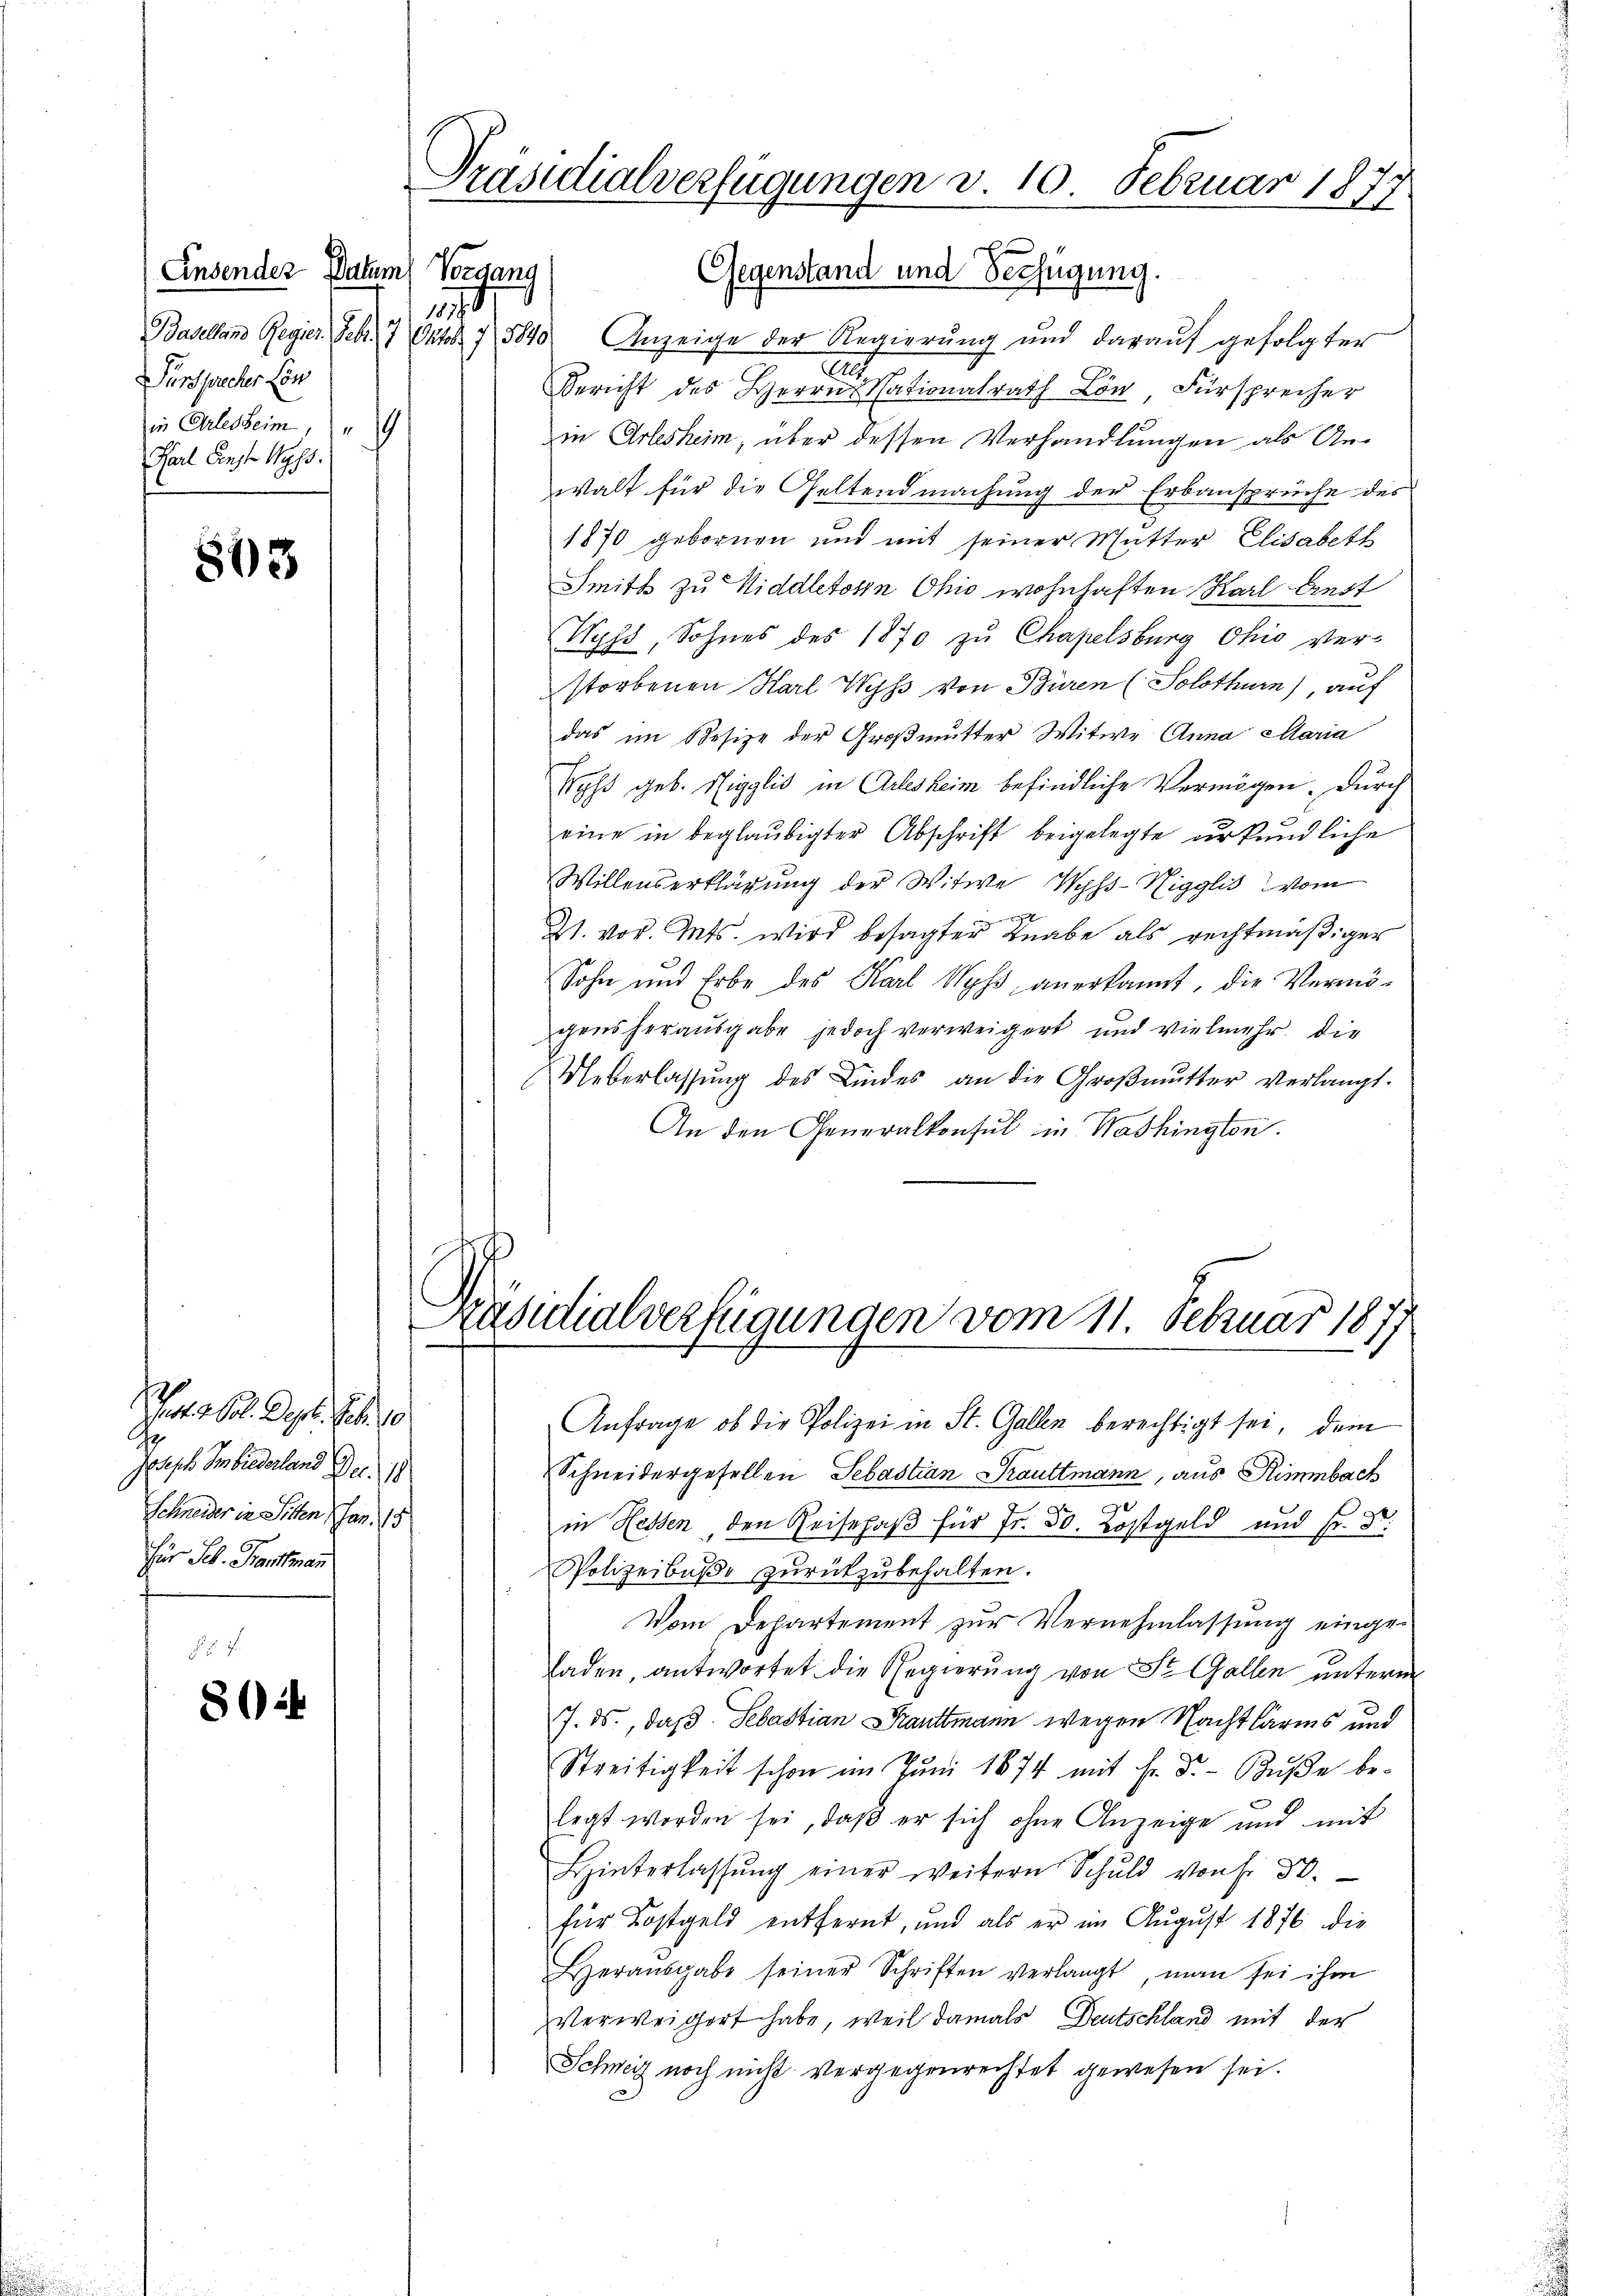
Ensendes Datum Vorgang
Basellans Gegner. Febr. 7 und 7, 3840
Fürsprecher Lon
in Arlesheim,
Karl Fenst Wyss.

803

8624

arts b. Dez. S. 10
Joseph Serbiederland Dec. 18
Schneider in Sitten Jan. 15
Für Seb. Franttmann

Gegenstand und Verfügung.
Anzeige der Regierung und darauf gefolgter
E
Bericht des Herrn Nationalrath Lön Fürsprecher
in Arlesheim, über dessen Verhandlungen als Anwalt für die Geltendmachung der Erbansprüche des
1870 gebornen und mit seiner Mutter Elisabeth
Smith zu Widdletoren Ohio wohnhaften Karl Anst
Wyss, Sohnes des 1870 zu Chapelsburg Ohio ver-
storbenen Karl Wyß von Büren (Solothurn), auf
das im Besize der Großmutter Witwe Anna Maria
Nyhs geb. Siggli in Arlesheim befindliche Vermögen. Durch
eine in beglaubigter Abschrift beigelegte urkundliche
Willenserklärung der Witwe Wyss-Nigglis vom
f
Zt. vor. Mts. wird besagter Knabe als rechtmäßiger
Sohn und Erbe des Karl Wyss anerkannt, die Vermögensherausgabe jedoch verweigert und vielmehr die
Ueberlassŭng des Kindes an die Großmutter verlangt.
An den Generalkonsul in Washington.

1

Präsidialverfügungen v. 10. Februar 1877

Päsutialverhigungen vom 11. Februar 1877

Anfrage, ob die Polizei in St. Gallen berechtigt sei, dem
Schneidergesellen Sebastian Krauttmann, aus Rimmbach
in Hessen, den Reisehaß für Fr. 30. Kostgeld und Fr. Dr.
Polizeibuße zurückzubehalten.
Vom Departement zur Vernehmlassung einge-
laden, antwortet die Regierung von St. Gallen unterm
J. ds., daß Sebastian Brauttmann wegen Nachtlärms und
Streitigkeit schon im Jŭni 1874 mit Fr. Dr. Bŭβe be-
legt worden sei, daß er sich ohne Anzeige und mit
Hinterlassŭng einer weitern Schuld von Fr. 30.
für Kostgeld entfernt, und als er im August 1876 die
Heraŭsgabe seiner Schriften verlangt, man sei ihm
Verweigert habe, weil damals Deutschland mit der
Schweiz noch nicht vergegenrechtet gewesen sei.